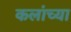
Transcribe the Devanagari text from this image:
कलांच्‍या